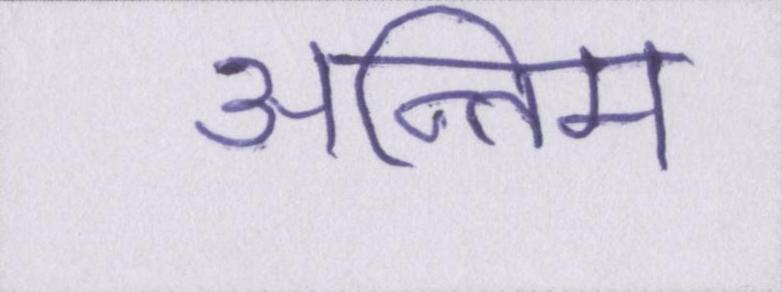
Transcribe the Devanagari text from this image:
अन्तिम